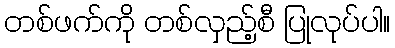
တစ်ဖက်ကို တစ်လှည့်စီ ပြုလုပ်ပါ။